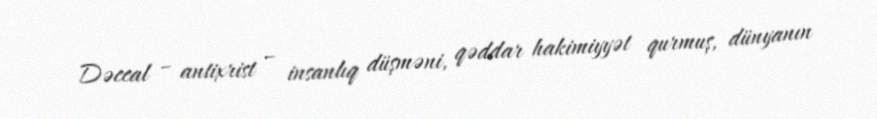
Dəccal – antixrist – insanlıq düşməni, qəddar hakimiyyət qurmuş, dünyanın